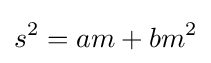
s^{2}=am+bm^{2}